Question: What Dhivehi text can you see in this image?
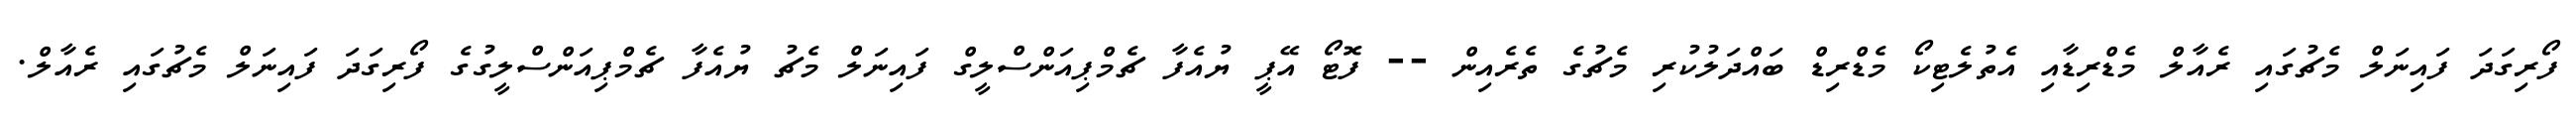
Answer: ފޯރިގަދަ ފައިނަލް މެޗުގައި ރެއާލް މެޑްރިޑާއި އެތުލެޓިކޯ މެޑްރިޑް ބައްދަލުކުރި މެޗުގެ ތެރެއިން -- ފޮޓޯ އޭޕީ ޔުއެފާ ޗެމްޕިއަންސްލީގް ފައިނަލް މެޗު ޔުއެފާ ޗެމްޕިއަންސްލީގުގެ ފޯރިގަދަ ފައިނަލް މެޗުގައި ރެއާލް.